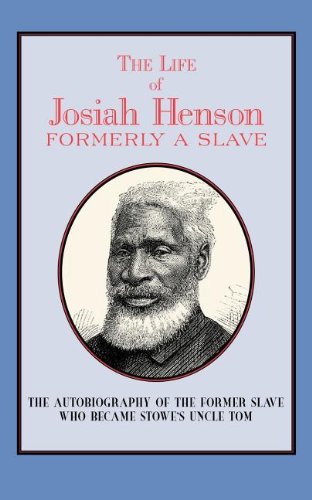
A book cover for Life of Josiah Henson: Formerly a Slave; Josiah Henson; Biographies & Memoirs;